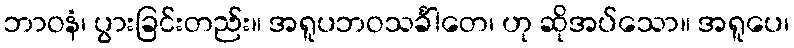
ဘာဝနံ၊ ပွားခြင်းတည်း။ အရူပဘဝသင်္ခါတေ၊ ဟု ဆိုအပ်သော။ အရူပေ၊